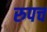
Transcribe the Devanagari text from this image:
रुपच